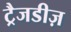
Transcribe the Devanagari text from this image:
ट्रैजडीज़